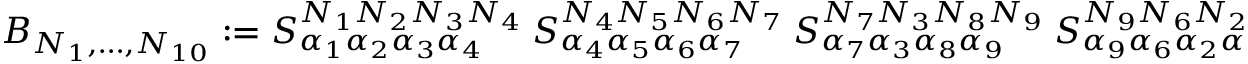
{ \cal B } _ { N _ { 1 } , \ldots , N _ { 1 0 } } : = { S } _ { \alpha _ { 1 } \alpha _ { 2 } \alpha _ { 3 } \alpha _ { 4 } } ^ { N _ { 1 } N _ { 2 } N _ { 3 } N _ { 4 } } \ { S } _ { \alpha _ { 4 } \alpha _ { 5 } \alpha _ { 6 } \alpha _ { 7 } } ^ { N _ { 4 } N _ { 5 } N _ { 6 } N _ { 7 } } \ { S } _ { \alpha _ { 7 } \alpha _ { 3 } \alpha _ { 8 } \alpha _ { 9 } } ^ { N _ { 7 } N _ { 3 } N _ { 8 } N _ { 9 } } \ { S } _ { \alpha _ { 9 } \alpha _ { 6 } \alpha _ { 2 } \alpha _ { 1 0 } } ^ { N _ { 9 } N _ { 6 } N _ { 2 } N _ { 1 0 } } \ { S } _ { \alpha _ { 1 0 } \alpha _ { 8 } \alpha _ { 5 } \alpha _ { 1 } } ^ { N _ { 1 0 } N _ { 8 } N _ { 5 } N _ { 1 } } .